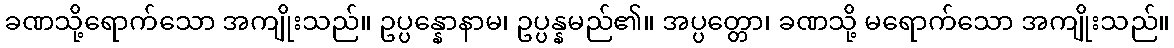
ခဏသို့ရောက်သော အကျိုးသည်။ ဥပ္ပန္နောနာမ၊ ဥပ္ပန္နမည်၏။ အပ္ပတ္တော၊ ခဏသို့ မရောက်သော အကျိုးသည်။